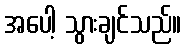
အပေါ့ သွားချင်သည်။